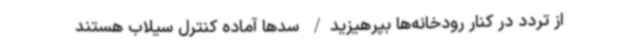
از تردد در کنار رودخانه‌ها بپرهیزید/ سدها آماده کنترل سیلاب هستند